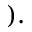
) .